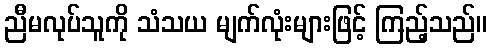
ညီမလုပ်သူကို သံသယ မျက်လုံးများဖြင့် ကြည့်သည်။